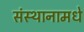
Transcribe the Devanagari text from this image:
संस्थानामधे